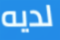
لديه